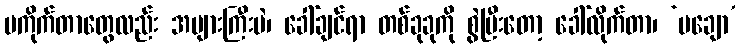
မကိုက်တာတွေလည်း အများကြီးပဲ၊ ခေါ်ချင်ရာ တစ်ခုခုကို စွဲပြီးတော့ ခေါ်လိုက်တာ၊ ‘မချော’